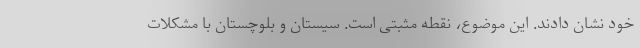
خود نشان دادند. این موضوع، نقطه مثبتی است. سیستان و بلوچستان با مشکلات